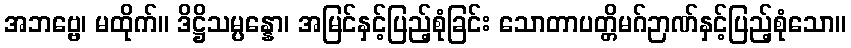
အဘဗ္ဗေ၊ မထိုက်။ ဒိဋ္ဌိသမ္ပန္နော၊ အမြင်နှင့်ပြည့်စုံခြင်း သောတာပတ္တိမဂ်ဉာဏ်နှင့်ပြည့်စုံသော။